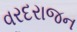
વરદરાજન